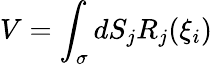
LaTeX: V=\int_{\sigma}dS_{j}R_{j}(\xi_{i})